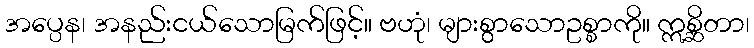
အပ္ပေန၊ အနည်းငယ်သောမြက်ဖြင့်။ ဗဟုံ၊ များစွာသောဥစ္စာကို။ ဣစ္ဆိတာ၊